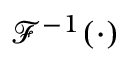
\mathcal { F } ^ { - 1 } ( \cdot )